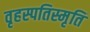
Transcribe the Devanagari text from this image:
वृहस्पतिस्मृति